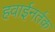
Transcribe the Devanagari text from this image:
हवाईनर्तक